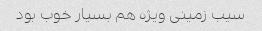
سیب زمینی ویژه هم بسیار خوب بود